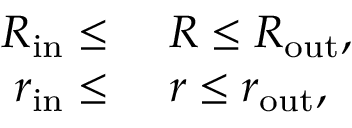
\begin{array} { r l } { R _ { \mathrm { i n } } \leq } & { { } \ R \leq R _ { \mathrm { o u t } } , } \\ { r _ { \mathrm { i n } } \leq } & { { } \ r \leq r _ { \mathrm { o u t } } , } \end{array}